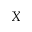
X